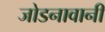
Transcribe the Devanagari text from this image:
जोडनावानी